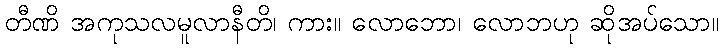
တီဏိ အကုသလမူလာနီတိ၊ ကား။ လောဘော၊ လောဘဟု ဆိုအပ်သော။